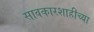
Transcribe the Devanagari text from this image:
सावकारशाहीच्या